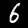
Label: 6